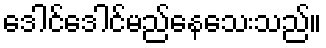
ဒေါင်ဒေါင်မည်နေသေးသည်။